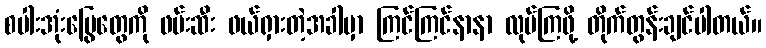
စပါးအုံးမြွေတွေကို ဖမ်းဆီး ဖယ်ရှားတဲ့အခါမှာ ကြင်ကြင်နာနာ လုပ်ကြဖို့ တိုက်တွန်းချင်ပါတယ်။